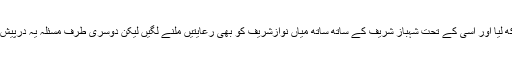
اسی ڈھیل کے تحت نواز شریف اور مریم نواز نے چپ کا روزہ رکھ لیا اور اسی کے تحت شہباز شریف کے ساتھ ساتھ میاں نوازشریف کو بھی رعایتیں ملنے لگیں لیکن دوسری طرف مسئلہ یہ درپیش تھا کہ ڈھیل دینے والوں سے عمران خان صاحب بدظن ہونےلگے۔